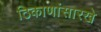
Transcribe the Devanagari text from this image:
ठिकाणांसारखे